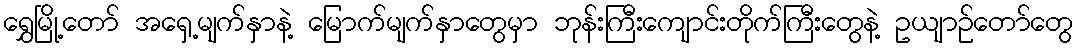
ရွှေမြို့တော် အရှေ့မျက်နှာနဲ့ မြောက်မျက်နှာတွေမှာ ဘုန်းကြီးကျောင်းတိုက်ကြီးတွေနဲ့ ဥယျာဉ်တော်တွေ